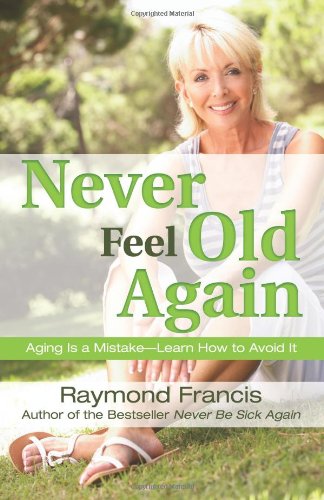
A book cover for Never Feel Old Again: Aging Is a Mistake--Learn How to Avoid It (Never Be); Raymond Francis; Health, Fitness & Dieting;